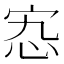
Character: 𡧫